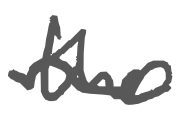
Text: the
Cross-out: wave
Writing tool: digital_gray